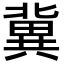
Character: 冀